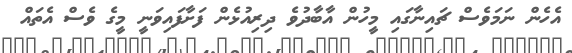
އެހެން ނަމަވެސް ޗައިނާގައި މީހުން އާބާދުވެ ދިރިއުޅެން ފަށާފައިވަނީ މީގެ ވެސް އެތައް